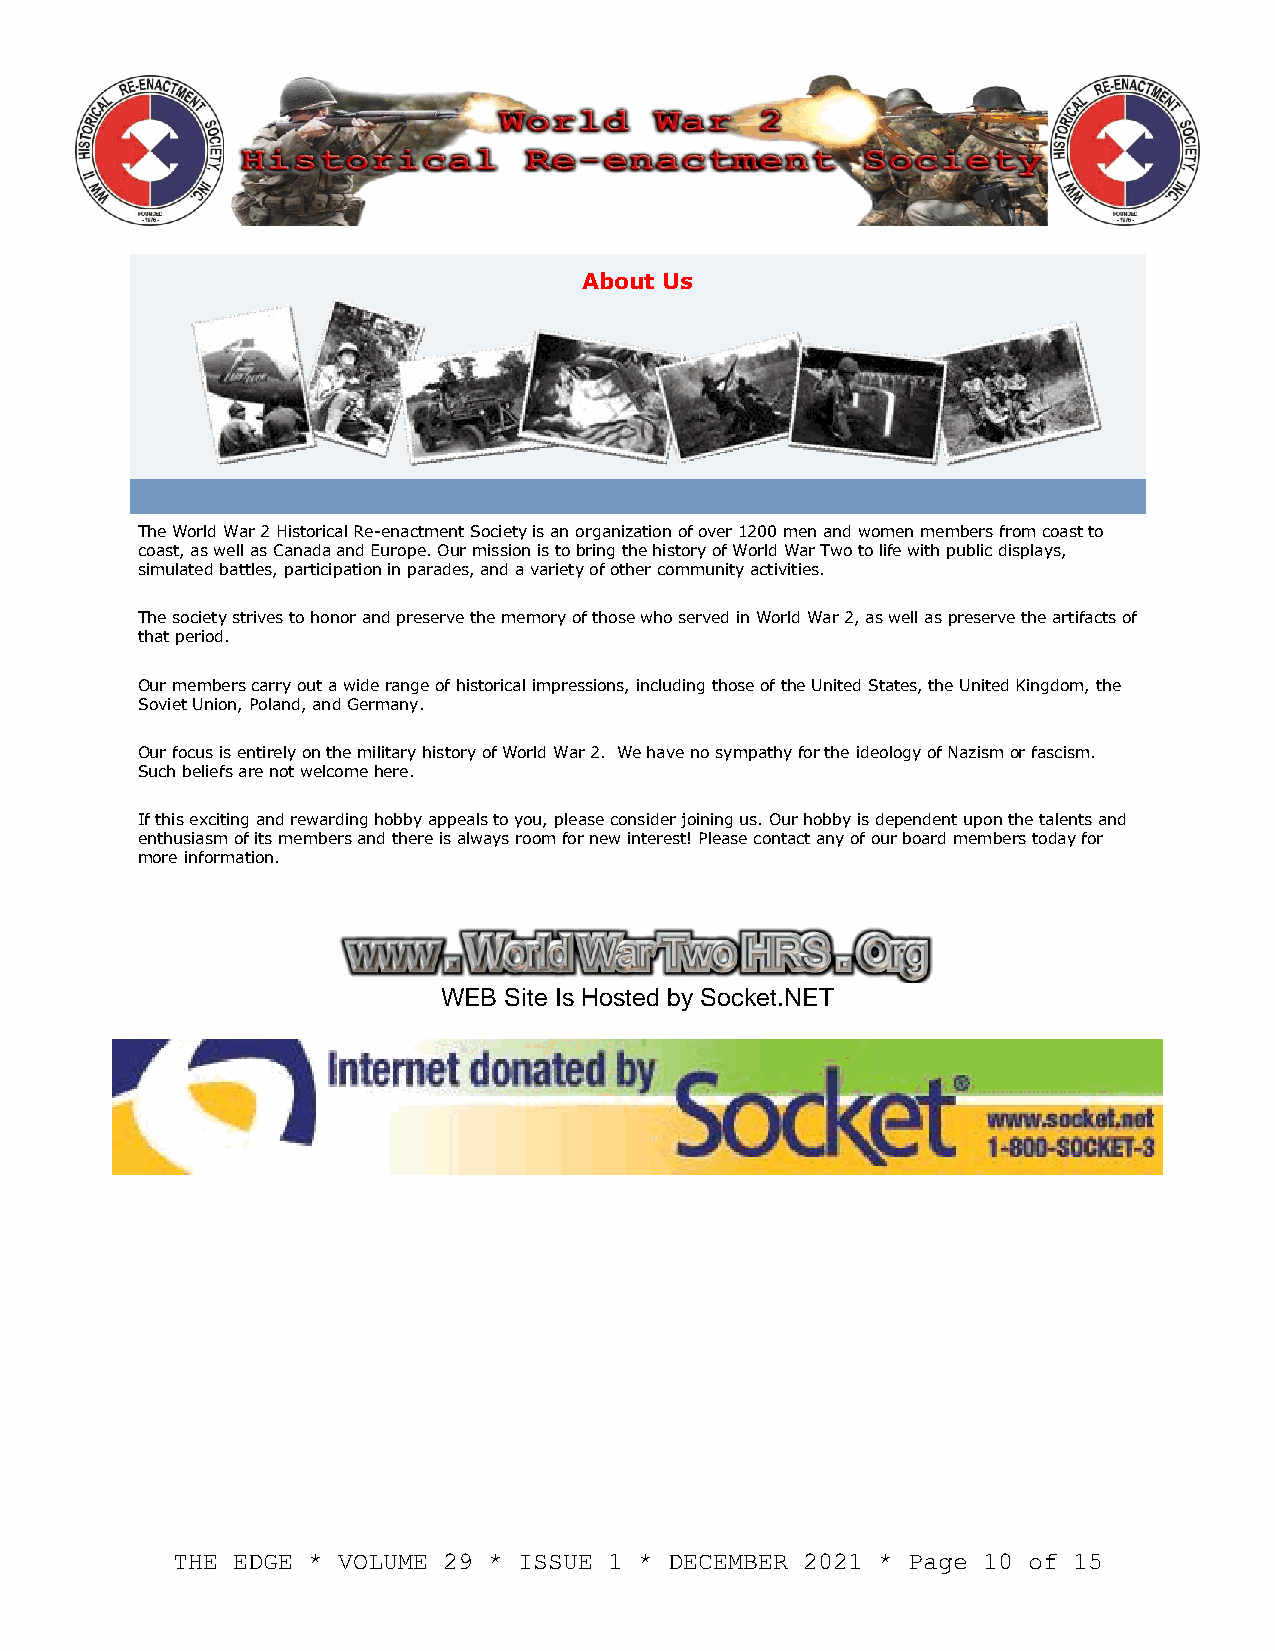
About Us
 d
 The World War 2 Historical Re-enactment Society is an organization of over 1200 men and women members from coast to
 coast, as well as Canada and Europe. Our mission is to bring the history of World War Two to life with public displays,
 simulated battles, participation in parades, and a variety of other community activities.
 The society strives to honor and preserve the memory of those who served in World War 2, as well as preserve the artifacts of
 that period.
 Our members carry out a wide range of historical impressions, including those of the United States, the United Kingdom, the
 Soviet Union, Poland, and Germany.
 Our focus is entirely on the military history of World War 2. We have no sympathy for the ideology of Nazism or fascism.
 Such beliefs are not welcome here.
 If this exciting and rewarding hobby appeals to you, please consider joining us. Our hobby is dependent upon the talents and
 enthusiasm of its members and there is always room for new interest! Please contact any of our board members today for
 more information.
 WEB Site Is Hosted by Socket.NET
 THE EDGE * VOLUME 29 * ISSUE 1 * DECEMBER 2021 * Page 10 of 15